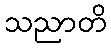
သညာတိ